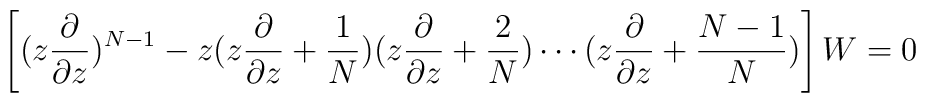
\left[(z\frac{\partial}{\partial z})^{N-1}-z(z\frac{\partial}{\partial z}+\frac{1}{N})(z\frac{\partial}{\partial z}+\frac{2}{N})\cdots(z\frac{\partial}{\partial z}+\frac{N-1}{N})\right]W=0